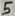
Text: 5